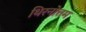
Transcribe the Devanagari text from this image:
थिरनोत्तम